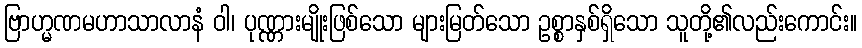
ဗြာဟ္မဏမဟာသာလာနံ ဝါ၊ ပုဏ္ဏားမျိုးဖြစ်သော များမြတ်သော ဥစ္စာနှစ်ရှိသော သူတို့၏လည်းကောင်း။